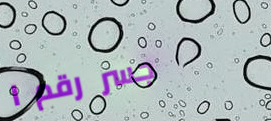
جسر رقم ١